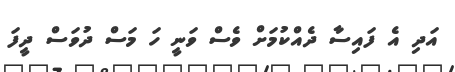
އަދި އެ ފައިސާ ދެއްކުމަށް ވެސް ވަނީ ހަ މަސް ދުވަސް ދީފަ